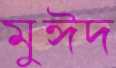
মুঈদ